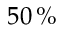
5 0 \, \%